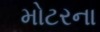
મોટરના